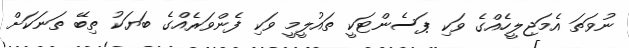
ނުވަތަ އެމަޖިލީހެއްގެ ވަކި ޕަސެންޓަކީ ތައުލީމީ ވަކި ފެންވަރެއްގެ ބަޔަކު ތިބޭ ތަނަކަށް